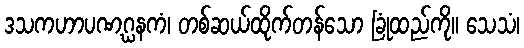
ဒသကဟာပဏဂ္ဃနကံ၊ တစ်ဆယ်ထိုက်တန်သော ခြုံထည်ကို။ သေသံ၊